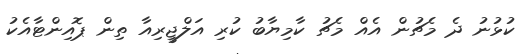
ކުޅުނު ދެ މެޗުން އެއް މެޗު ކާމިޔާބު ކުރި އަލްޖީރިއާ ތިން ޕޮއިންޓާއެކު